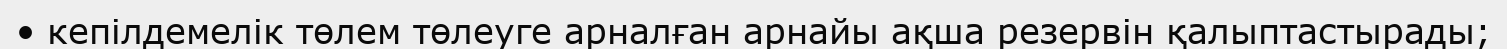
• кепілдемелік төлем төлеуге арналған арнайы ақша резервін қалыптастырады;